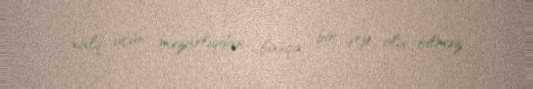
xalq üçün məzarlıqdan başqa bir şey ola bilməz.